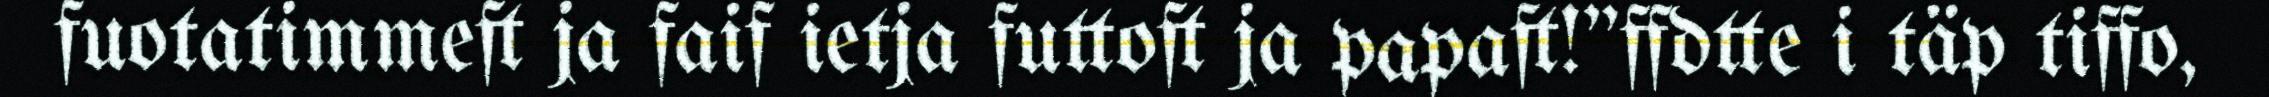
fuotatimmeft ja faif ietja futtoft ja papaft!"ffdtte i täp tiffo,